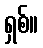
ရှစ်။